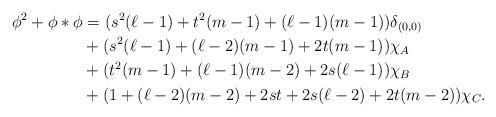
LaTeX: \begin{align*} \phi^2+\phi*\phi &= (s^2(\ell-1)+t^2(m-1)+(\ell-1)(m-1))\delta_{(0,0)} \\ &+(s^2(\ell-1)+(\ell-2)(m-1)+2t(m-1))\chi_A\\ &+(t^2(m-1)+(\ell-1)(m-2)+2s(\ell-1))\chi_B\\ &+(1+(\ell-2)(m-2)+2st+2s(\ell-2)+2t(m-2))\chi_C. \end{align*}